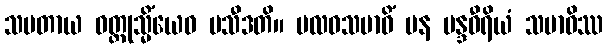
သမတာယ ဝတ္ထုသ္မိံယေဝ ပသီဒတိ။ ဗလဝသမာဓိံ ပန မန္ဒဝီရိယံ သမာဓိဿ